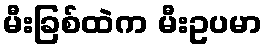
မီးခြစ်ထဲက မီးဥပမာ